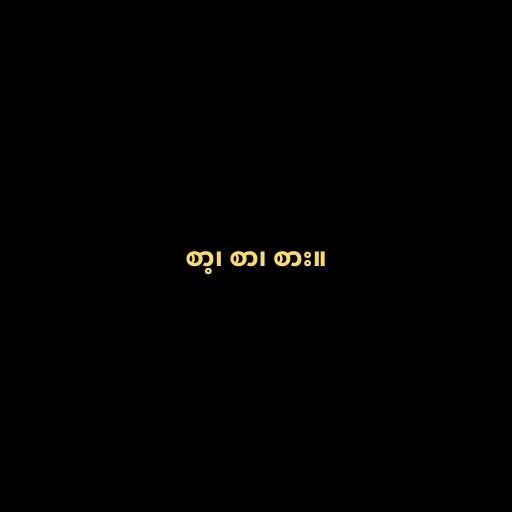
စာ့၊ စာ၊ စား။